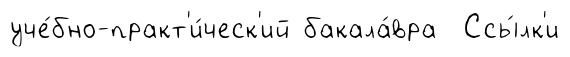
уче́бно-практ'и́ческ'ий бакала́вра Ссы́лк'и